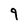
Character: 9